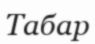
Табар